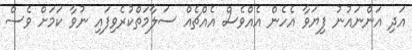
އަދި އަންނައުނު ފިޔަވާ އެހެން އެއްވެސް އެއްޗެއް ސަލާމަތްކުރެވިފައި ނުވާ ކަމަށް ވެސް